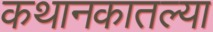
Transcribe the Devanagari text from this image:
कथानकातल्या